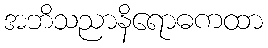
အဘိသညာနိရောဓကထာ